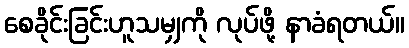
စေခိုင်းခြင်းဟူသမျှကို လုပ်ဖို့ နာခံရတယ်။